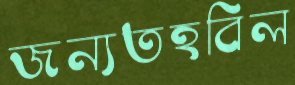
জন্যতহবিল